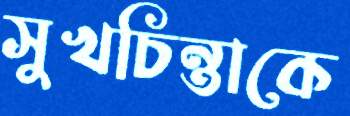
সুখচিন্তাকে